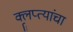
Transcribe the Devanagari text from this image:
क्लृप्त्यांचा